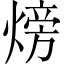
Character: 𪹚